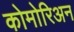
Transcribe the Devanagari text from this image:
कोमोरिअन